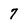
Character: 7